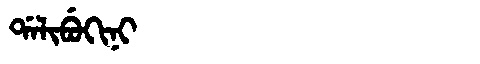
Manchu: ᡩᠠᠯᡳᠪᡠᡴᡳᠨᡳ
Romanization: DALIBUKINI